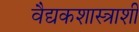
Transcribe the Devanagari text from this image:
वैद्यकशास्त्राशी